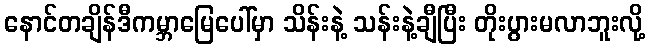
နောင်တချိန်ဒီကမ္ဘာမြေပေါ်မှာ သိန်းနဲ့ သန်းနဲ့ချီပြီး တိုးပွားမလာဘူးလို့